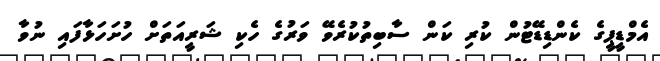
އެމްޑީޕީގެ ކެންޑިޑޭޓުން ކުރި ކަން ސާބިތުކުރެވޭ ވަރުގެ ހެކި ޝަރީއަތަށް ހުށަހަޅާފައި ނުވާ